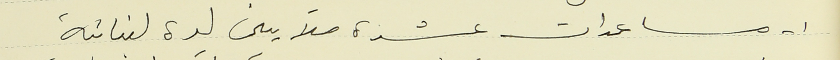
١- مساعدات عشرة ملايين ليرة لبنانية